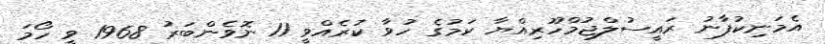
އެމަނިކުފާނު ރައީސުލްޖުމްހޫރިއްޔާ ކަމުގެ ހުވާ ކުރެއްވީ 11 ނޮވެންބަރު 1968 ވީ ހޯމަ